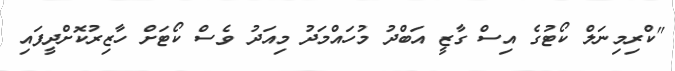
"ކްރިމިނަލް ކޯޓުގެ އިސް ގާޒީ އަބްދު މުހައްމަދު މިއަދު ވެސް ކޯޓަށް ހާޒިރުކޮށްދީފައި